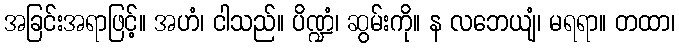
အခြင်းအရာဖြင့်။ အဟံ၊ ငါသည်။ ပိဏ္ဍံ၊ ဆွမ်းကို။ န လဘေယျံ၊ မရရာ။ တထာ၊